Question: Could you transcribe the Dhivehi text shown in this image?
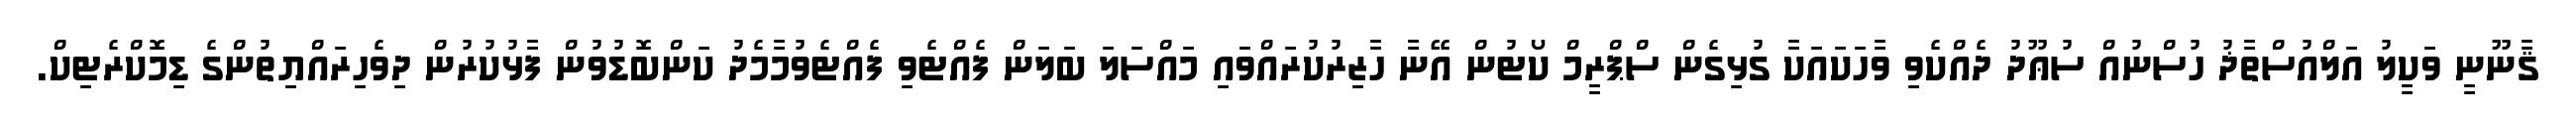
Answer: ޤާނޫނީ ވަކީލު އަލްއުސްތާޛު ހުސްނުއް ސުޢޫދު ދެއްކެވި ވާހަކައަކާ ގުޅިގެން ސްޕްރީމް ކޯޓުން އޭނާ ހާޒިރުކުރައްވައި މައްސަލަ ބަލަން ފެއްޓެވި ފެއްޓެވުމާމެދު ކަންބޮޑުވުން ފާޅުކުރުން ދިވެހިރައްޔިތުންގެ ޑިމޮކްރެޓިކް.